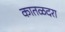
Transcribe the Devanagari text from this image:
कातळदरा